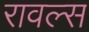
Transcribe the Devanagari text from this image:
रावल्स